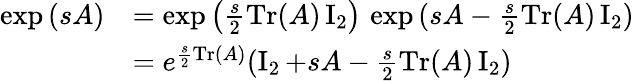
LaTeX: \begin{array}{rl}{\exp{(sA)}}&{=\exp{\left(\frac{s}{2}\operatorname{Tr}(A)\operatorname{I}_{2}\right)}\, \exp{(sA-\frac{s}{2}\operatorname{Tr}(A)\operatorname{I}_{2})}}\\ &{=e^{\frac{s}{2}\operatorname{Tr}(A)}(\operatorname{I}_{2}+sA-\frac{s}{2}\operatorname{Tr}(A)\operatorname{I}_{2})}\end{array}